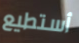
أستطيع